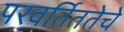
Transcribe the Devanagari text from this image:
परवर्तिततेचे